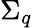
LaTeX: \Sigma_{q}